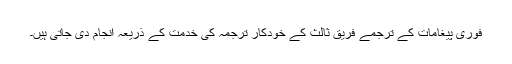
فوری پیغامات کے ترجمے فریق ثالث کے خودکار ترجمہ کی خدمت کے ذریعہ انجام دی جاتی ہیں۔